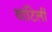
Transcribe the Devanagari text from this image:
वांटिलीं